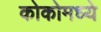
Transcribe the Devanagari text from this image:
कोकोमध्ये